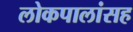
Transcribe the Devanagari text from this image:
लोकपालांसह